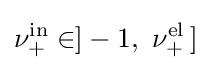
\nu _{+}^{\mathrm {in} }\in ]-1,~\nu _{+}^{\mathrm {el} }\,]